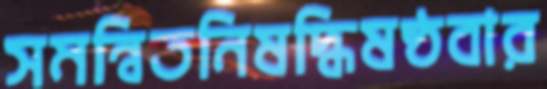
সমন্বিতনিষদ্ধিষষ্ঠবার